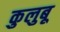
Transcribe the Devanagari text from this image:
कुलुबू